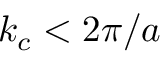
k _ { c } < 2 \pi / a